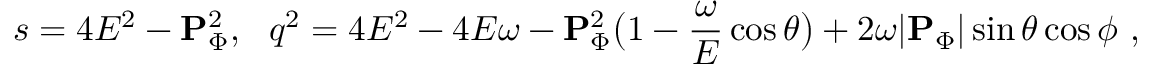
s = 4 E ^ { 2 } - { \bf P } _ { \Phi } ^ { 2 } , \ \ q ^ { 2 } = 4 E ^ { 2 } - 4 E \omega - { \bf P } _ { \Phi } ^ { 2 } \bigl ( 1 - \frac { \omega } { E } \cos { \theta } \bigr ) + 2 \omega | { \bf P } _ { \Phi } | \sin { \theta } \cos { \phi } \ ,